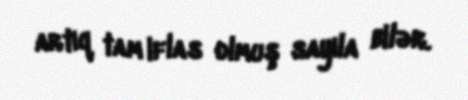
artıq tam iflas olmuş sayıla bilər.